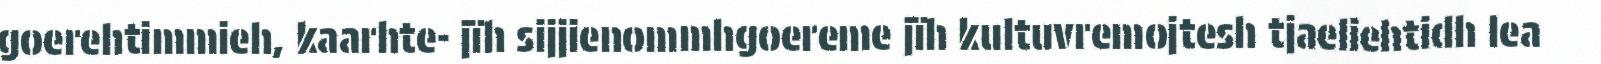
goerehtimmieh, kaarhte- jïh sijjienommhgoereme jïh kultuvremojtesh tjaeliehtidh lea